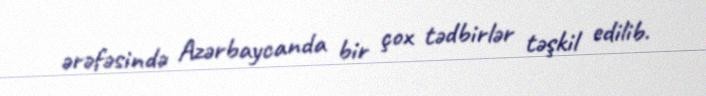
ərəfəsində Azərbaycanda bir çox tədbirlər təşkil edilib.